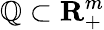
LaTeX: {\cal\mathbb{Q}}\subset{\mathbf{{R}}}_{+}^{m}